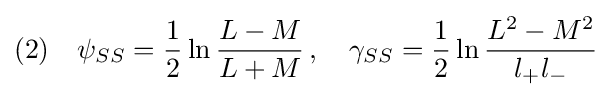
(2)\quad \psi _{SS}={\frac {1}{2}}\ln {\frac {L-M}{L+M}}\,,\quad \gamma _{SS}={\frac {1}{2}}\ln {\frac {L^{2}-M^{2}}{l_{+}l_{-}}}